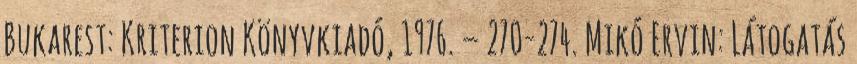
Bukarest: Kriterion Könyvkiadó, 1976. – 270-274. Mikó Ervin: Látogatás